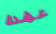
عهده